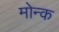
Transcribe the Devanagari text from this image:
मोन्क